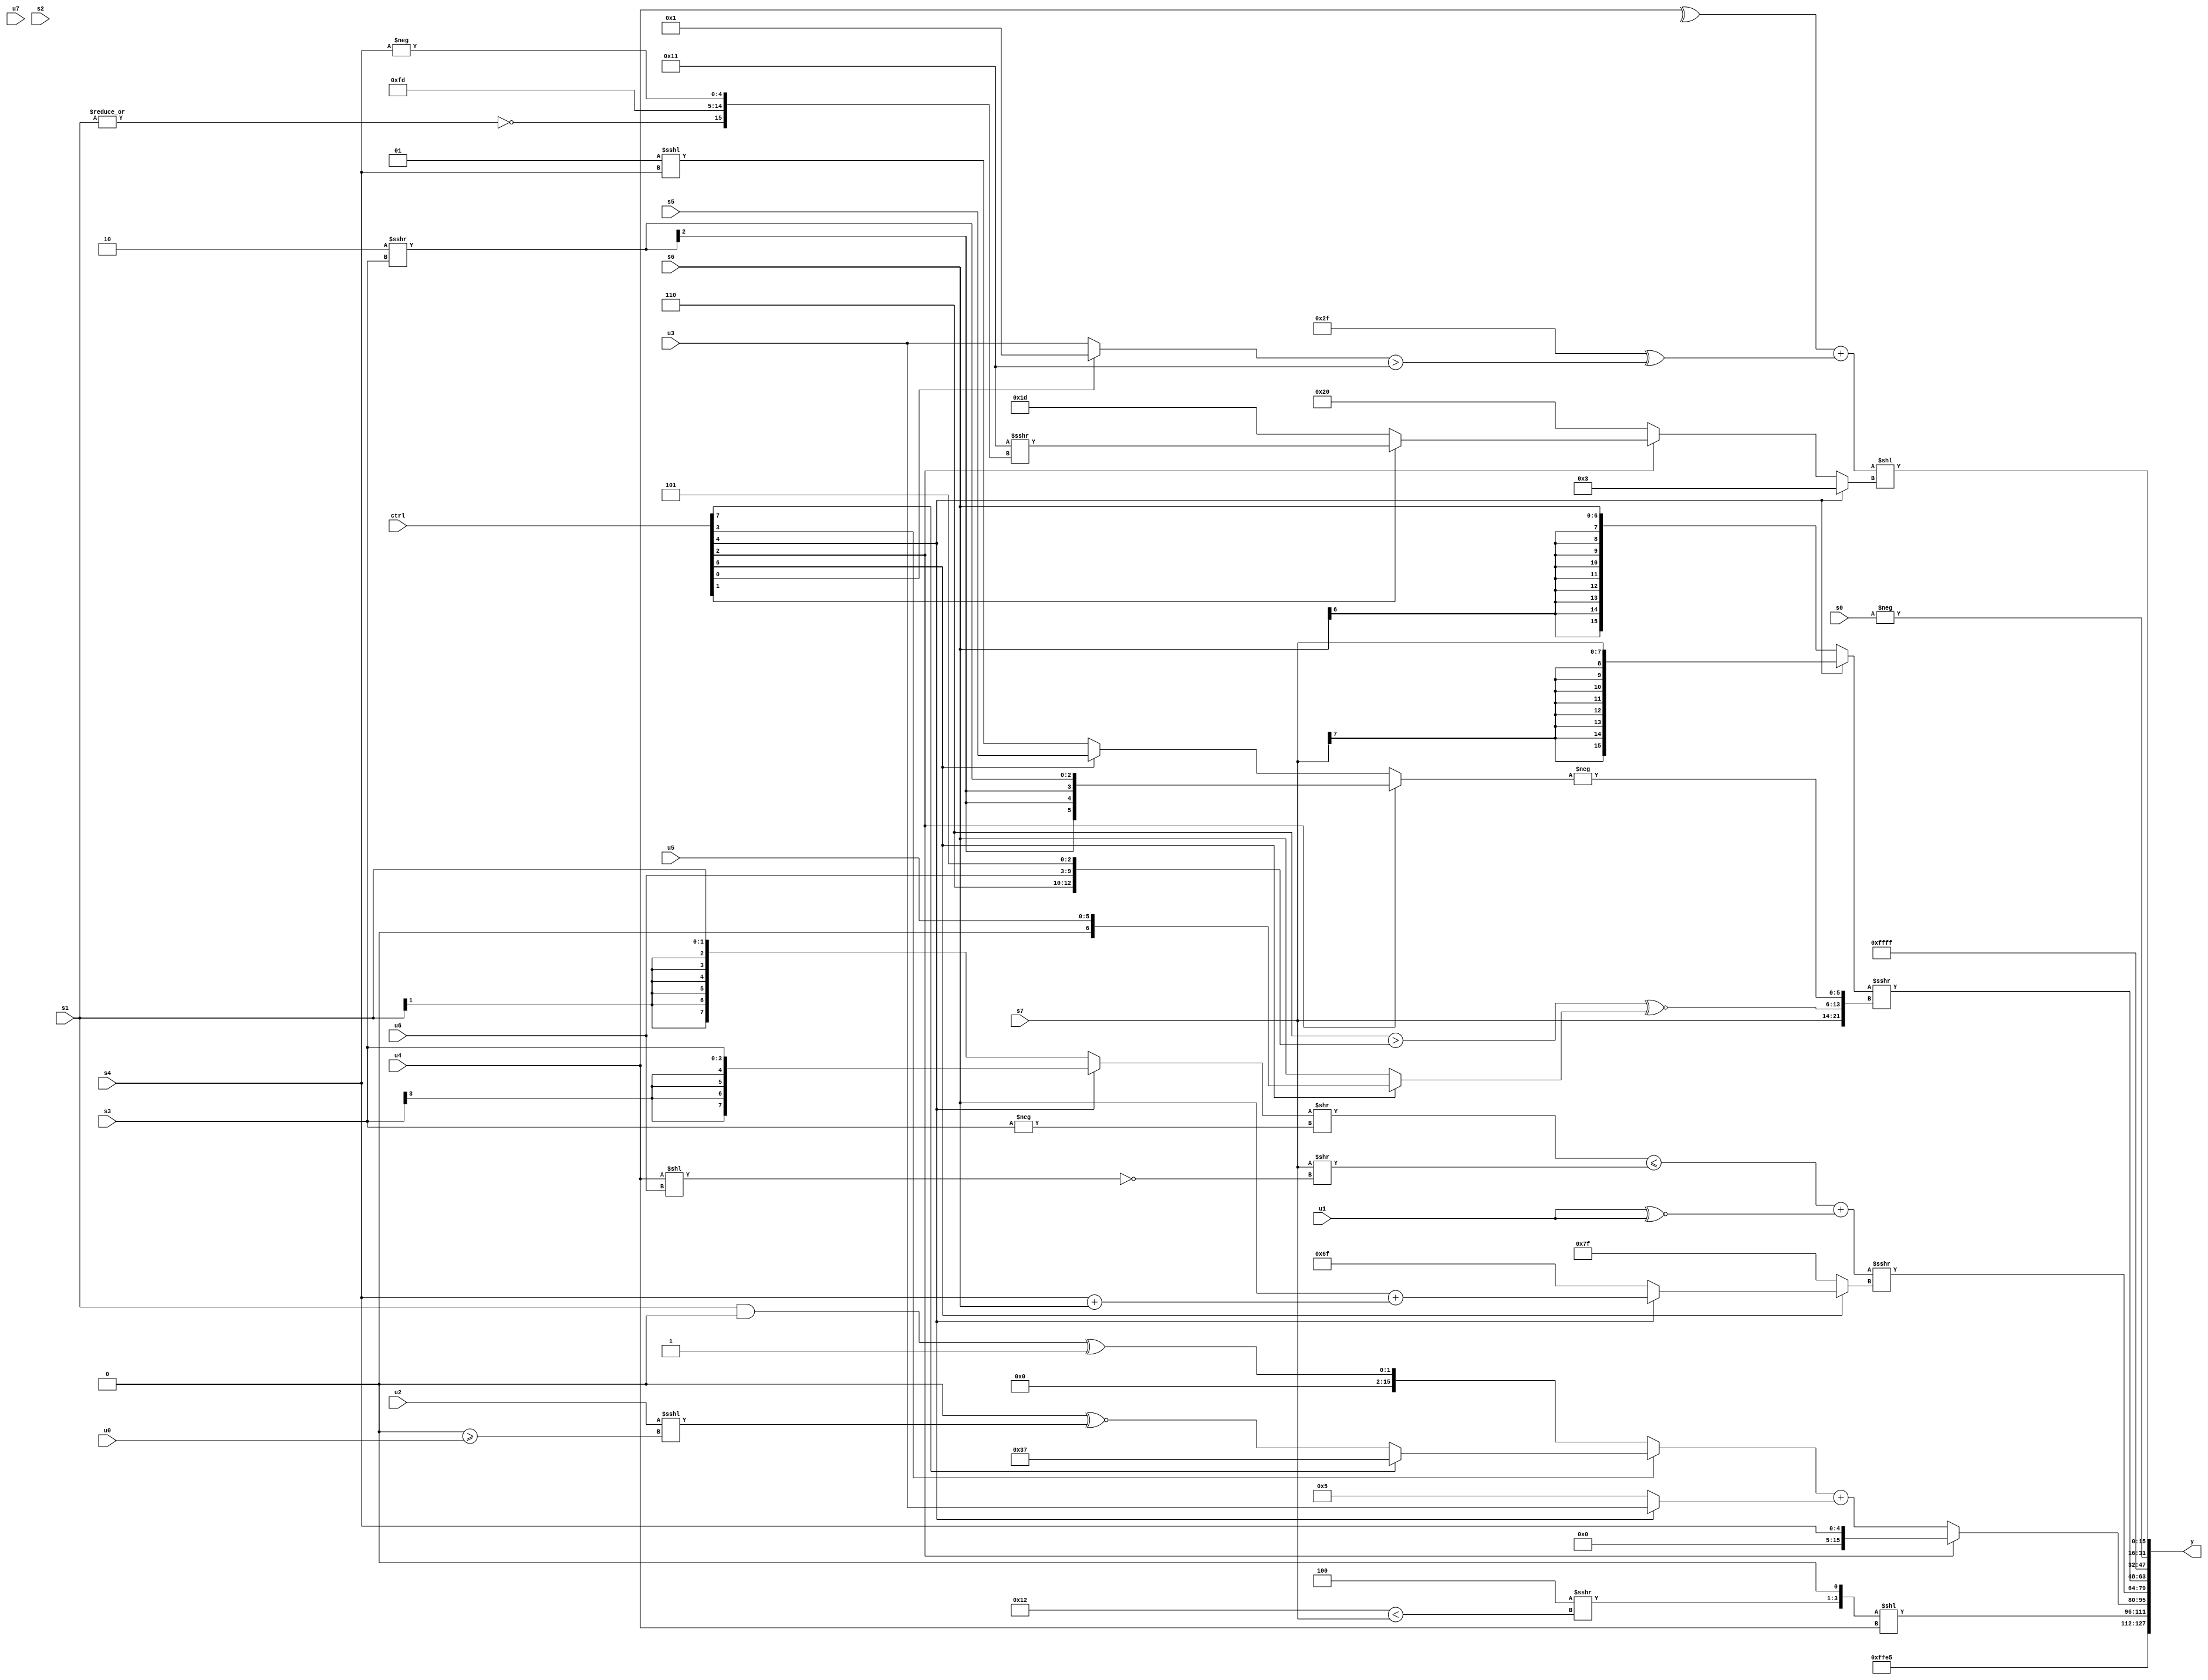
module wideexpr_00951(ctrl, u0, u1, u2, u3, u4, u5, u6, u7, s0, s1, s2, s3, s4, s5, s6, s7, y);
  input [7:0] ctrl;
  input [0:0] u0;
  input [1:0] u1;
  input [2:0] u2;
  input [3:0] u3;
  input [4:0] u4;
  input [5:0] u5;
  input [6:0] u6;
  input [7:0] u7;
  input signed [0:0] s0;
  input signed [1:0] s1;
  input signed [2:0] s2;
  input signed [3:0] s3;
  input signed [4:0] s4;
  input signed [5:0] s5;
  input signed [6:0] s6;
  input signed [7:0] s7;
  output [127:0] y;
  wire [15:0] y0;
  wire [15:0] y1;
  wire [15:0] y2;
  wire [15:0] y3;
  wire [15:0] y4;
  wire [15:0] y5;
  wire [15:0] y6;
  wire [15:0] y7;
  assign y = {y0,y1,y2,y3,y4,y5,y6,y7};
  assign y0 = 6'sb100101;
  assign y1 = (($signed($unsigned((+(3'sb100))>>>(+((6'sb110010)<(s7))))))<<(1'b1))<<($unsigned(u4));
  assign y2 = (ctrl[2]?$signed(s4):((ctrl[3]?(ctrl[7]?((ctrl[3]?6'sb110111:$signed(+(s3))))>>>(((s2)&(6'sb111101))<<($signed($signed(+(3'sb110))))):($signed((2'b10)>>>((6'sb101100)>>($signed(3'b010)))))^~($signed((u2)<<<(({1{1'b0}})>=(u0))))):($signed((s1)&(1'sb0)))^(1'sb1)))+((ctrl[4]?+(u3):3'sb101)));
  assign y3 = (((((ctrl[4]?s3:$signed(s1)))>>(-(s3)))<=((+($signed(s7)))>>(~((u4)<<(u6)))))+((u1)^~(u1)))>>>((ctrl[6]?+((ctrl[4]?(s6)+((s4)+(s6)):6'sb101111)):1'sb1));
  assign y4 = ((ctrl[4]?$signed($signed(s7)):s6))>>>({s7,$unsigned({+(((3'sb110)>({1'sb1,2'sb10,u6,3'b101}))^~((ctrl[6]?(ctrl[6]?u5:s7):+(s6)))),-((ctrl[2]?$signed((3'b010)>>>(s3)):(ctrl[6]?s5:(3'sb001)<<<(s4))))})});
  assign y5 = $signed($signed(6'b111111));
  assign y6 = -(s0);
  assign y7 = ((^(u4))+((6'sb101111)^(((ctrl[0]?$unsigned(^((6'sb100000)^(2'sb11))):$unsigned(u3)))>(-(5'sb01111)))))<<(((ctrl[4]?3'sb011:(ctrl[2]?(ctrl[1]?((5'sb01110)^(3'sb111))>>>({~|(s1),6'sb001111,4'sb1101,-(s4)}):(($signed(5'sb01111))>>(3'sb100))|(6'sb011101)):6'sb100000)))>>(1'sb0));
endmodule